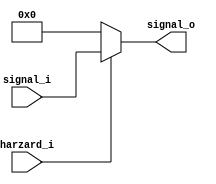
module MUX8
(
	harzard_i,
	signal_i,
	signal_o
);

input [7:0] signal_i;
input harzard_i;
output [7:0] signal_o;

assign signal_o = harzard_i? signal_i:8'd0;

endmodule